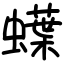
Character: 蠂